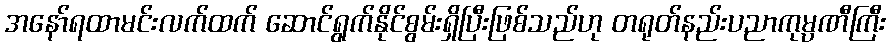
အနော်ရထာမင်းလက်ထက် ဆောင်ရွက်နိုင်စွမ်းရှိပြီးဖြစ်သည်ဟု တရုတ်နည်းပညာကုမ္ပဏီကြီး